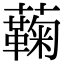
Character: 蘜